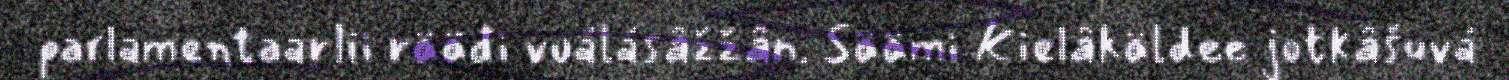
parlamentaarlii rääđi vuálásâžžân. Säämi Kielâkäldee jotkâšuvá